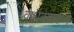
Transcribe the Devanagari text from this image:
वार्धक्यामध्ये